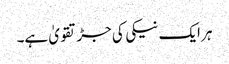
ہر ایک نیکی کی جڑ تقویٰ ہے۔